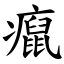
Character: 癙